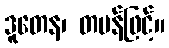
ဒူတေန၊ တမန်ဖြင့်။